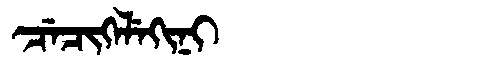
Manchu: ᠴᡝᠴᡳᡴᡝᠯᡝᡴᡳᠨᡳ
Romanization: CECIKELEKINI